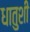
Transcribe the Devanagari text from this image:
धातुशी